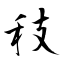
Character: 秓